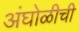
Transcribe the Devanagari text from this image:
अंघोळीची